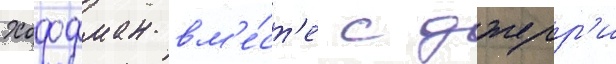
Хоффман вм'е́ст'е с джерр'и